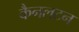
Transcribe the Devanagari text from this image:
कैनलटन